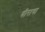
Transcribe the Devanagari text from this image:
वीराचा